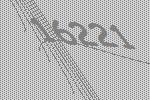
16221